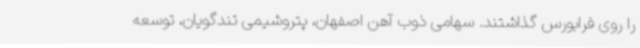
را روی فرابورس گذاشتند. سهامی ذوب آهن اصفهان، پتروشیمی تندگویان، توسعه